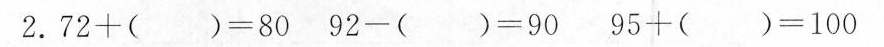
2.$$72+( )=80$$ $$92-( )=90 $$ $$95+( )=100 $$